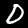
Label: 0